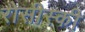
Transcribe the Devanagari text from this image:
रोसीस्की